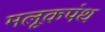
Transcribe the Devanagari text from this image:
मलूकपंथ